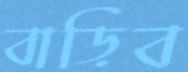
বাড়িব